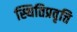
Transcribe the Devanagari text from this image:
स्थितिप्रवृत्ति